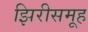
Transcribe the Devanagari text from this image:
झिरीसमूह